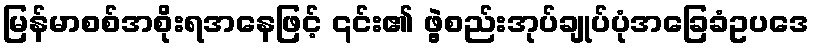
မြန်မာစစ်အစိုးရအနေဖြင့် ၎င်း၏ ဖွဲ့စည်းအုပ်ချုပ်ပုံအခြေခံဥပဒေ